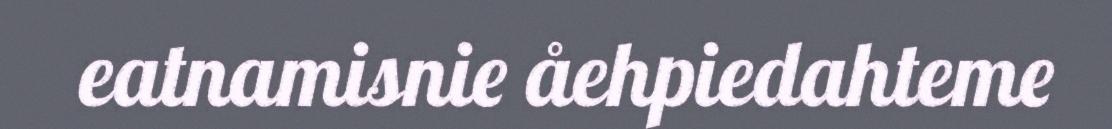
eatnamisnie åehpiedahteme